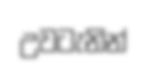
උවටැනින්